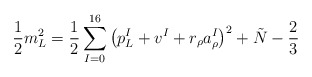
\begin{align*}\frac{1}{2} m^2_L=\frac{1}{2} \sum_{I=0}^{16}\left( p^I_L+v^I+r_{\rho} a_{\rho}^I \right)^2 +\tilde{N} -\frac{2}{3}\end{align*}